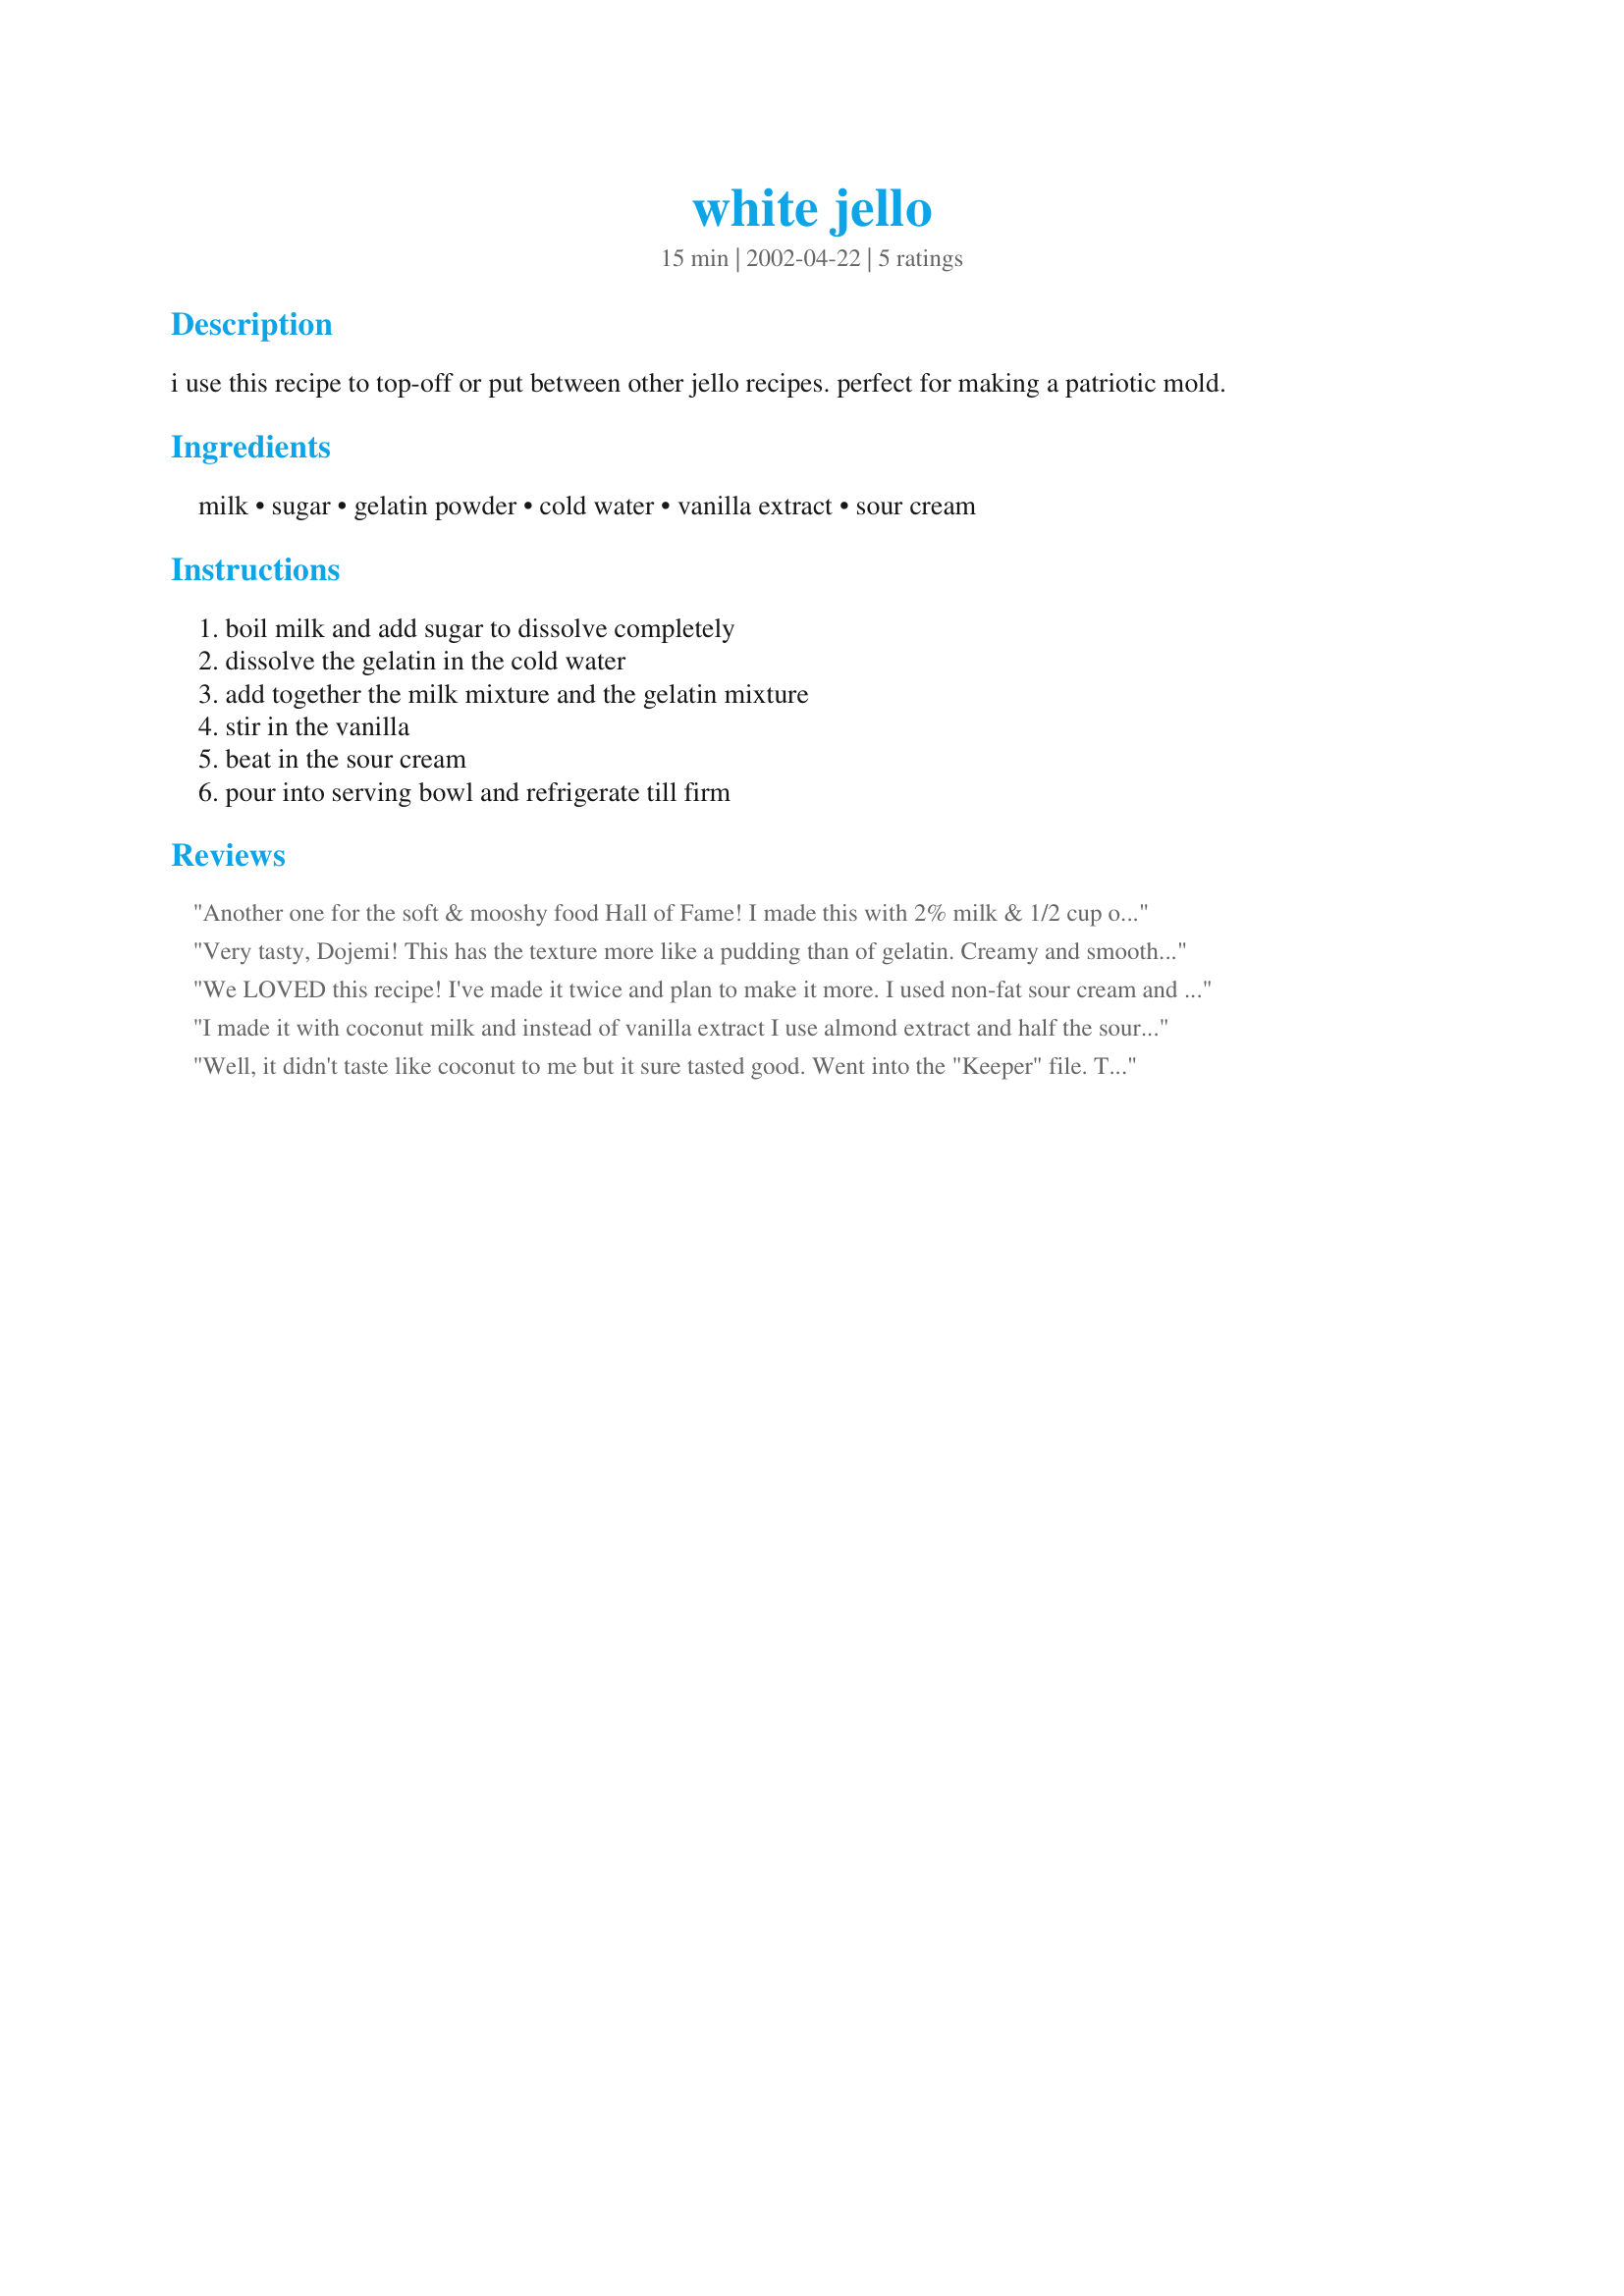
white jello
Preparation time: 15 minutes

i use this recipe to top-off or put between other jello recipes. perfect for making a patriotic mold.

Ingredients:
milk, sugar, gelatin powder, cold water, vanilla extract, sour cream

Steps:
boil milk and add sugar to dissolve completely, dissolve the gelatin in the cold water, add together the milk mixture and the gelatin mixture, stir in the vanilla, beat in the sour cream, pour into serving bowl and refrigerate till firm

Reviews:
Another one for the soft & mooshy food Hall of Fame! I made this with 2% milk & 1/2 cup of Splenda instead of sugar. It set up just abit firmer than the sugar-free cherry jello I used as a base. Similar to panna cotta with a tasty additional richness from the sour cream ( refreshing & nice change from cloying Cool Whip & unctous whipped cream). Delicious & a much appreciated change to have with the jello which is a large part of my eating experience right now. Thank you, dojemi, for this yum recipe I will use even after my mouth heals up!
Very tasty, Dojemi! This has the texture more like a pudding than of gelatin. Creamy and smooth. If I didn't make this myself I wouldn't know it was gelatin at all. I made this with skim milk and it works wonderfully well. I can see how this recipe would be a great addition to a layered dessert. I'm so glad I discovered this wonderful recipe! Thank you so much for sharing, doj : )
We LOVED this recipe! I've made it twice and plan to make it more. I used non-fat sour cream and put it in a Jello mold. It sets up very firm and reminded me of panna cotta, which I love! I made Recipe #152992 to top and it' vibrant color was really set off by the creamy white. Thanks for another great recipe, Dojemi!
Roxygirl
I made it with coconut milk and instead of vanilla extract I use almond extract and half the sour cream.
Well, it didn't taste like coconut to me but it sure tasted good. Went into the "Keeper" file. Thanks for sharing. GG
